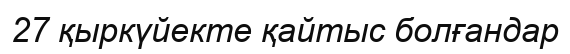
27 қыркүйекте қайтыс болғандар